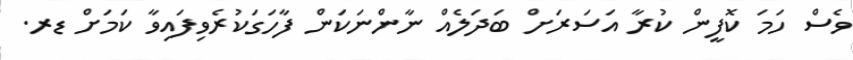
ވެސް ހަމަ ކޮފީން ކުރާ އަސަރަށް ބަދަލެއް ނާންނަކަން ފާހަގަކުރެވިފައިވާ ކަމަށް ޑރ.